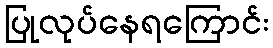
ပြုလုပ်နေရကြောင်း